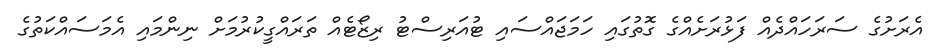
އެރަށުގެ ސަރަހައްދެއް ފަޅުރަށެއްގެ ގޮތުގައި ހަމަޖައްސައި ޓުއަރިސްޓު ރިޒޯޓެއް ތަރައްގީކުރުމަށް ނިންމައި އެމަސައްކަތުގެ